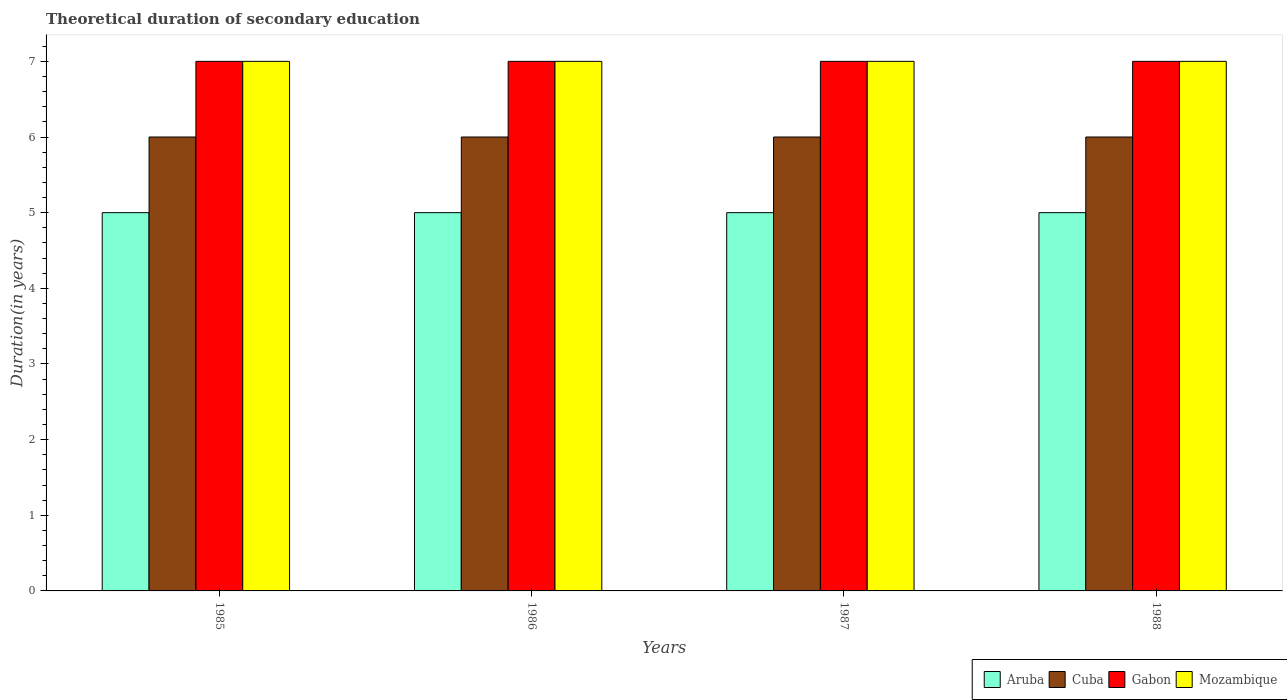
| Years | Aruba | Cuba | Gabon | Mozambique |
 | --- | --- | --- | --- | --- |
 | 1985 | 5 | 6 | 7 | 7 |
 | 1986 | 5 | 6 | 7 | 7 |
 | 1987 | 5 | 6 | 7 | 7 |
 | 1988 | 5 | 6 | 7 | 7 |